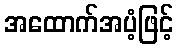
အထောက်အပံ့ဖြင့်